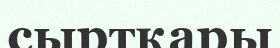
сыртқары